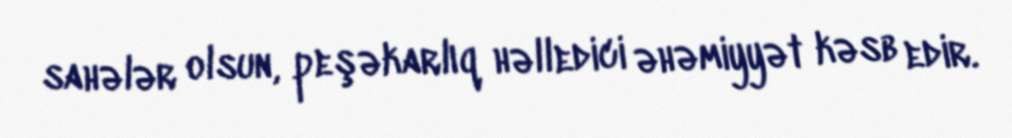
sahələr olsun, peşəkarlıq həlledici əhəmiyyət kəsb edir.